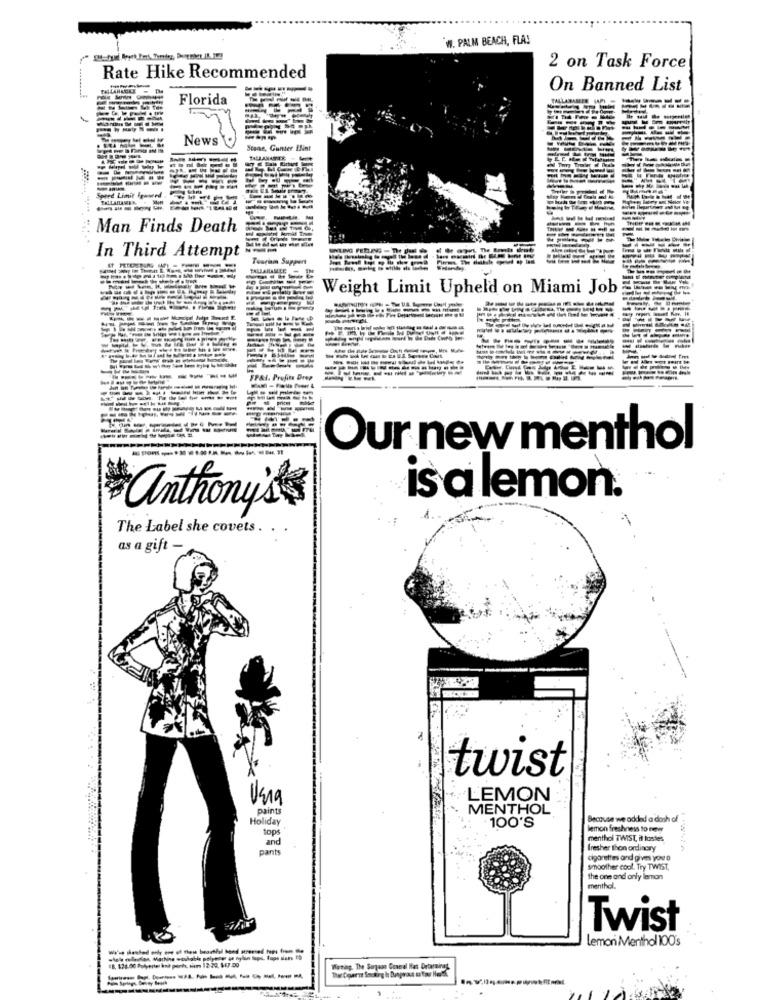
W. PALM BEACH, FLA!
2 on Task Force
Rate Hike Recommended
On Banned List
Florida
----------
-----
News
-----------
Stone, Gunter Bint
--
-----
------
Sored Limit Fruneed
BALLAHANER
----
Man Finds Death
---
In Third Attempt
Tourism Support
PALLANAMEE
Weight Limit Upheld on Miami Job
----
---
----
----------
-
SPAI. Profits Drop
----
-
-----
Our new menthol
is a lemon.
anthony's
The Label she covets. .
as a gift -
twist
Usig
LEMON
paints
MENTHOL
Holiday
Because we added a dash of
tops
100'S
lemon freshness to new
and
menthol TWIST, il lostes
pants
fresher thon ordinary
cigarettes and gives you a
smoother cool. Try TWIST,
the one and only lemon
menthol.
Twist
Lemon Menthol 100's
Warning. The Soyaan Granel Hat DrtraingL